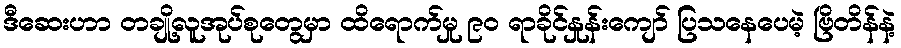
ဒီဆေးဟာ တချို့လူအုပ်စုတွေမှာ ထိရောက်မှု ၉၀ ရာခိုင်နှုန်းကျော် ပြသနေပေမဲ့ ဗြိတိန်နဲ့